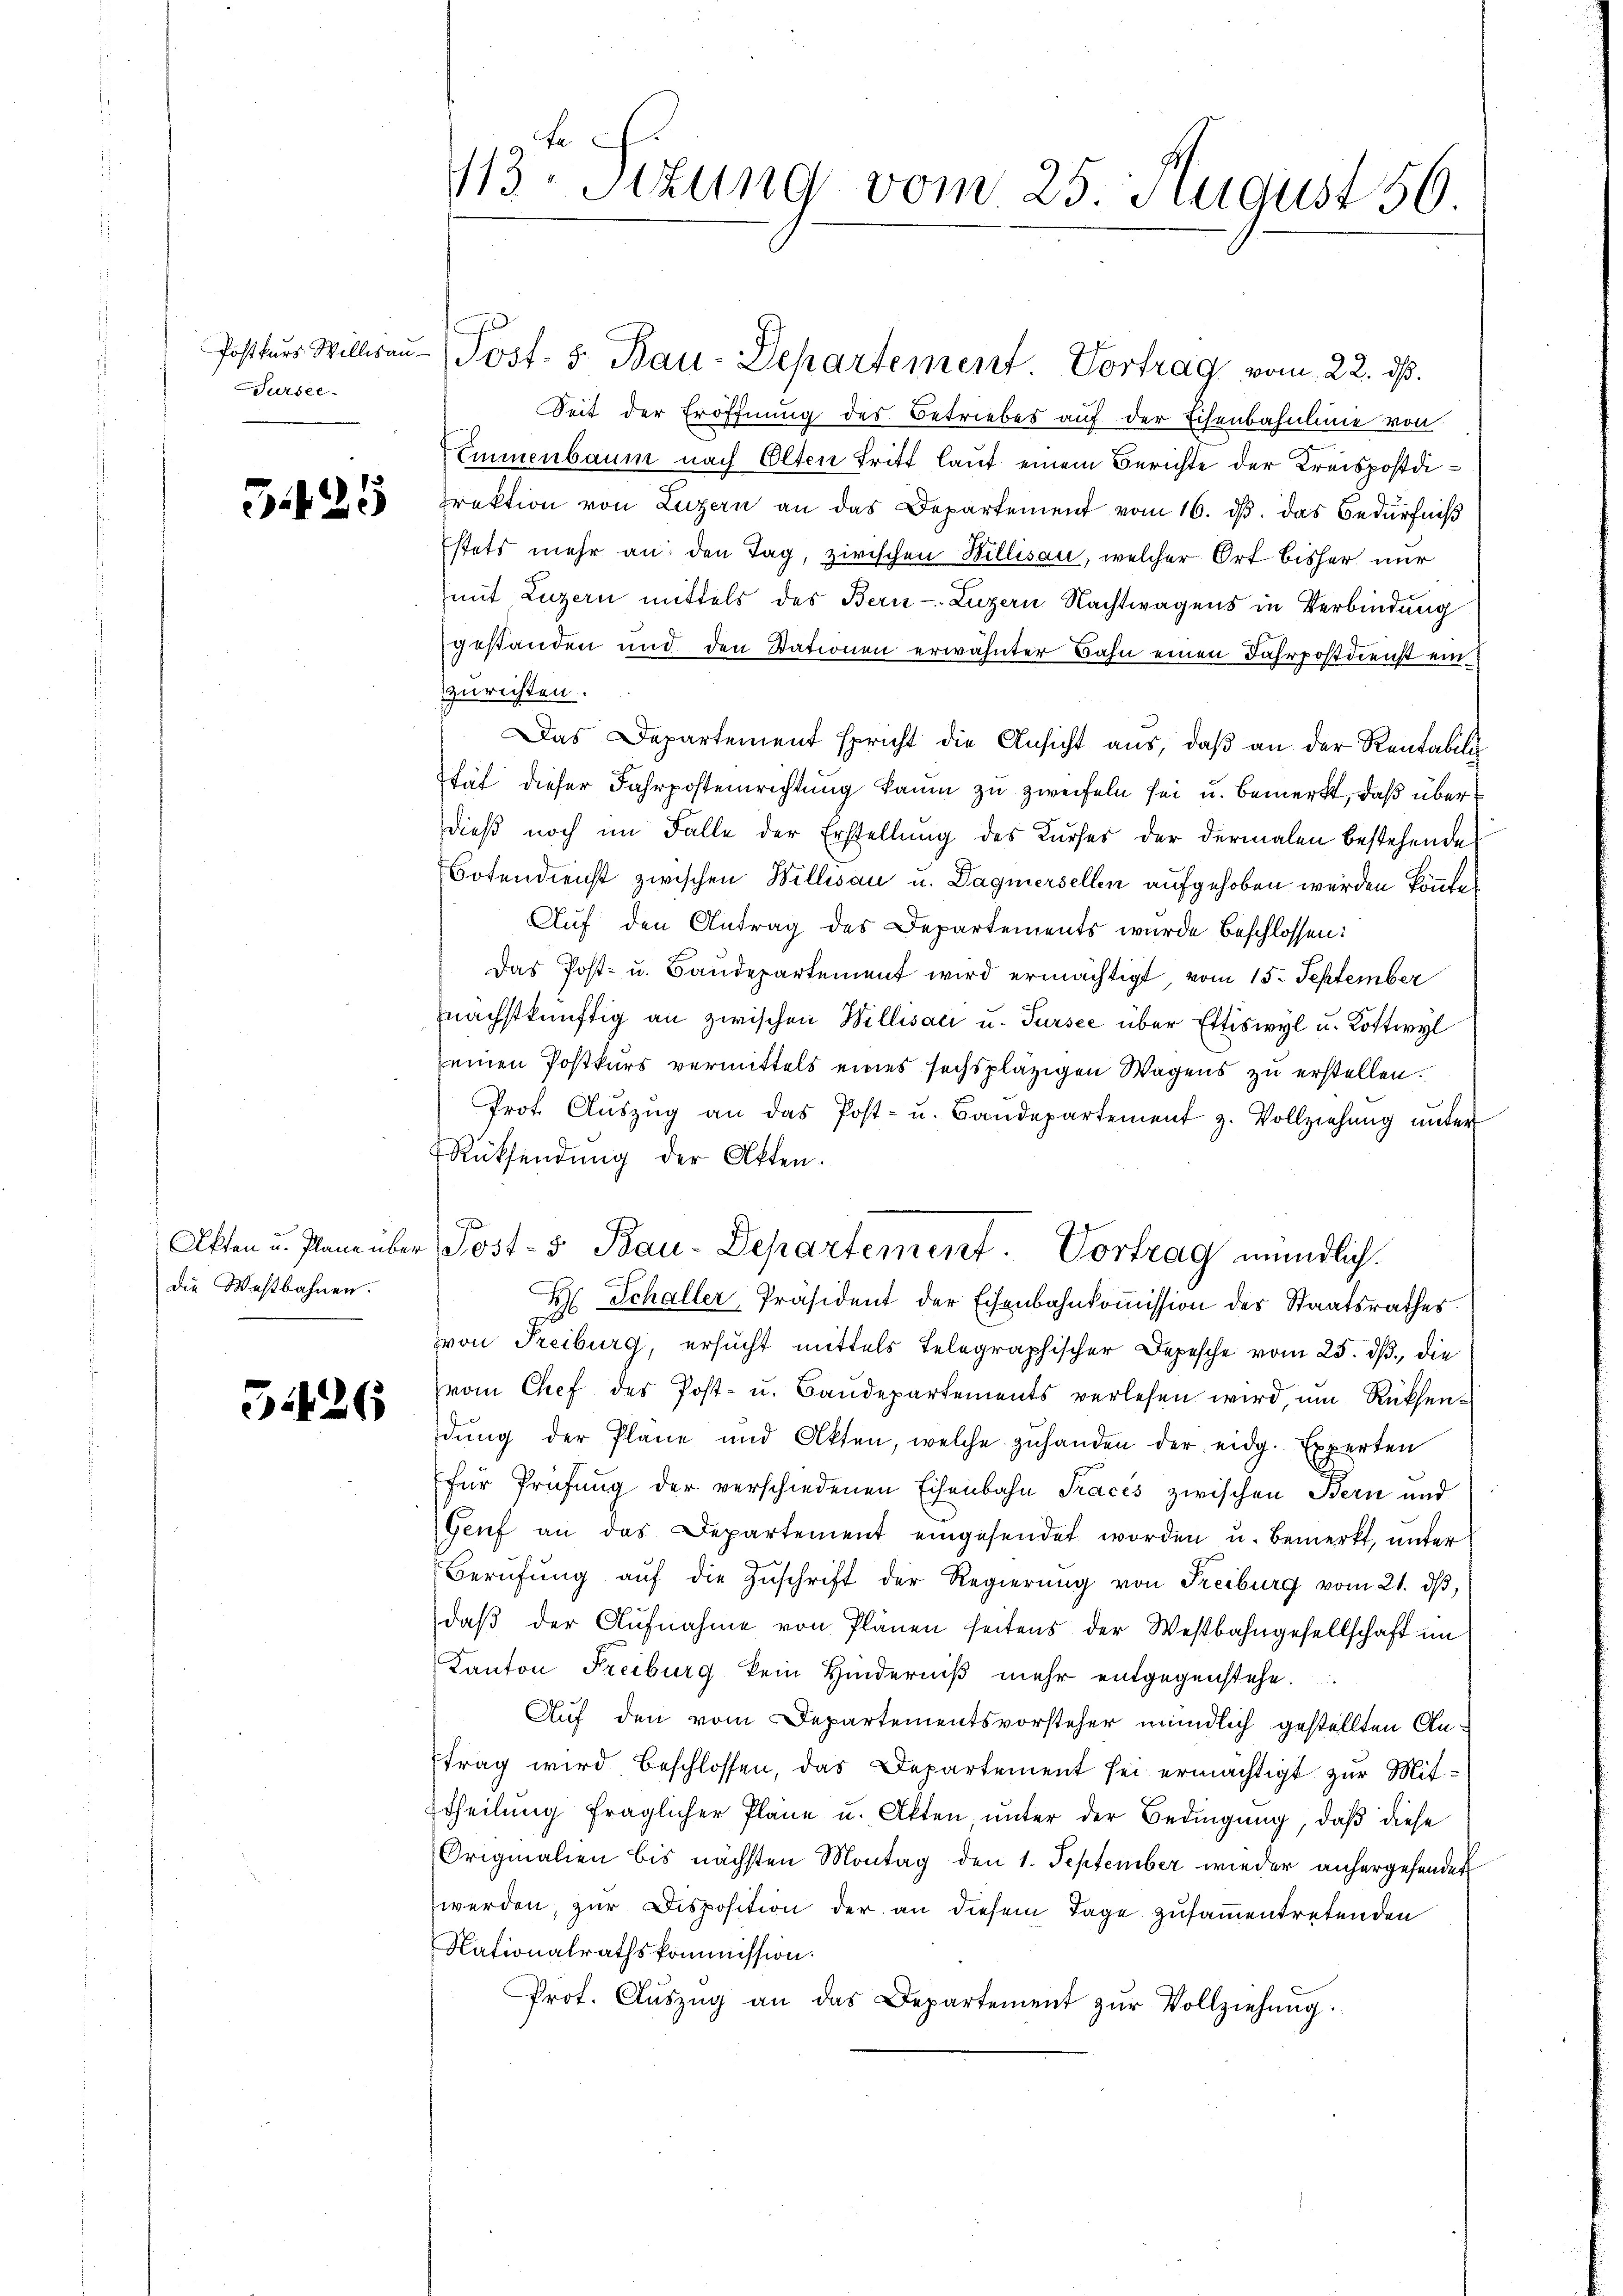
Postkurs Willisau-
Fursee

G.25

Akten u. Plane über
die Westbahnen.

51426

413. Stzung vom 25. August 56

Seit der Eröffnung des Betriebes auf der Eisenbahnleine von
Emmenbaum nach Olten Tritt laut einem Berichte der Kreispostdirektion von Luzern an das Departement vom 16. dβ. das Bedürfniß
Estets mehr an den Tag, zirischen Billisau, welcher Ort bisher nur
mit Luzern mittels des Bern Luzern Nachtwagens in Verbindung
gestanden und den Stationen erwähnter Bahn einen Fahrpostdienst ein
zurichten.
Das Departement spricht die Ansicht aus, daß an der Rentabil
stät dieser Fahrpostenrichtung kaum zu zweifeln sei u. bemerkt, daß über
dieß noch im Falle der Erstellung des Kurses der dermalen bestehende
Botendienst zwischen Willisau u. Dagnersellen aufgehoben werden könnte.
Auf den Antrag des Departements wurde beschlossen:
Das Post- u. Bandepartement wird ermächtigt, vom 15. September
nächstkünftig an zwischen Willisati u. Tursee über Ettiswyl u. Kottwyl
einen Postkurs vermittels eines sechsplätzigen Wagens zu erstellen.
Prot. Aŭszŭg an das Post- u. Bandepartement z. Vollziehŭng ŭnter
Rüksendung der Otten.
Post-5 Bau-Departement. Vortrag mündlich.
H Schaller, Präsident der Eisenbahnkoṁission des Staatsrathes
zvon Freiburg, ersucht mittels telegraphischer Depesche vom 25. dß die
vom Chef des Post- u. Baŭdepartements verlesen wird ŭm Rücksendŭng der Plane und Akten, welche zŭhanden der eidg. Experten
für Prüfung der verschiedenen Eisenbahn Tracés zwischen Bern und
Genf an das Departement eingesendet worden u. bemerkt, unter
Berŭfŭng aŭf die Zŭschrift der Regierŭng von Freiburg vom 21. dβ,
daβ der Aŭfnahme von Plänen seitens der Westbahngesellschaft un
Kanton Freiburg kein Hinderniß mehr entgegenstehe.
Auf den vom Departementsvorsteher mündlich gestellten An¬
Etrag wird beschlossen, das Departement sei ermächtigt zur Mit¬
Etheilung fraglicher Plane u. Akten unter der Bedingung, daß diese
Originalien bis nächsten Montag den 1. September wieder anhergehendet
werden, zur Disposition der an diesem Tage zusammentretenden
Nationalrathskommission.
Prot. Aŭszŭg an das Departement zŭr Vollziehung.

Post. 5. Bau-Departement. Vortrag vom 22. ds.